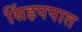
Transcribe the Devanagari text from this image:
सिंहपपात